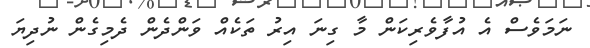
ނަމަވެސް އެ އުފާވެރިކަން މާ ގިނަ އިރު ތަކެއް ވަންދެން ދެމިގެން ނުދިޔަ